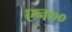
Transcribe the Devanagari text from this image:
एन७०